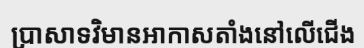
ប្រាសាទវិមានអាកាសតាំងនៅលើជើង